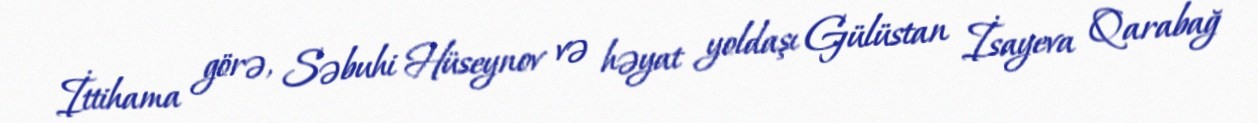
İttihama görə, Səbuhi Hüseynov və həyat yoldaşı Gülüstan İsayeva Qarabağ